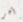
آخر